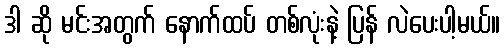
ဒါ ဆို မင်းအတွက် နောက်ထပ် တစ်လုံးနဲ့ ပြန် လဲပေးပါ့မယ်။